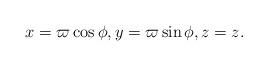
LaTeX: \begin{align*}x=\varpi \cos\phi,y=\varpi \sin\phi,z=z.\end{align*}